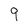
Character: 9